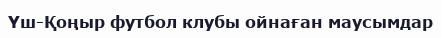
Үш-Қоңыр футбол клубы ойнаған маусымдар